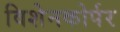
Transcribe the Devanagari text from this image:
विशेनकोर्पर